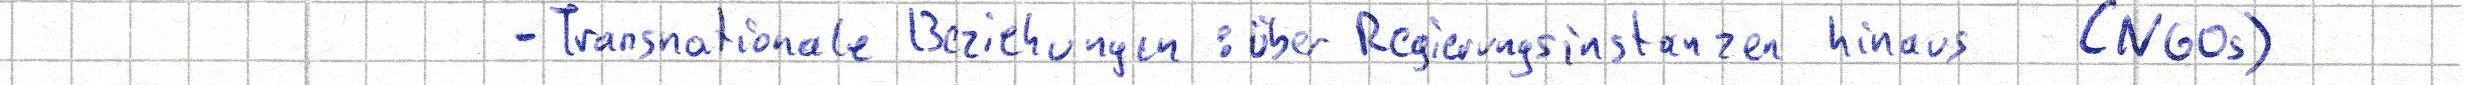
- Transnationale Beziehungen: über Regierungsinstanzen hinaus (NGOs)